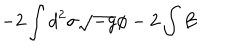
- 2 \int d ^ { 2 } \sigma \sqrt { - g } \phi - 2 \int B